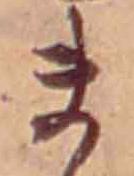
ま